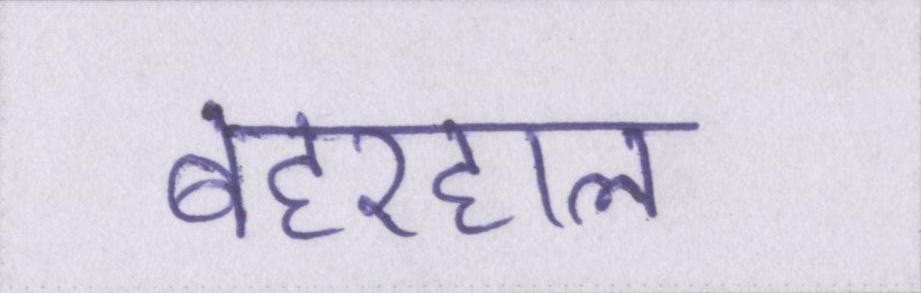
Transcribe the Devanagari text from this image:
बहरहाल